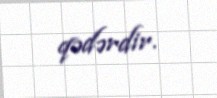
qədərdir.